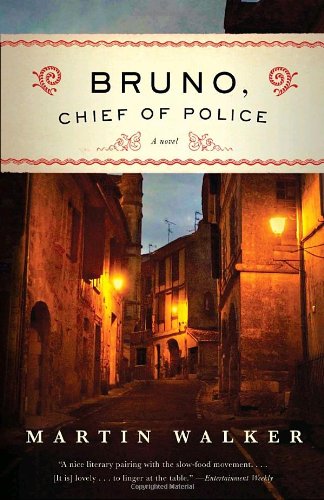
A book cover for Bruno, Chief of Police: A Novel of the French Countryside; Martin Walker; Mystery, Thriller & Suspense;